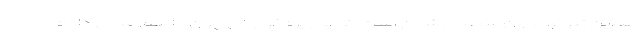
همین تنوع، بدون سطحی شدن است که به ریزه‌خوارانی چون ما هم مجال داده